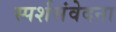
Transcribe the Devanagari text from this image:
स्पर्शसंवेदना